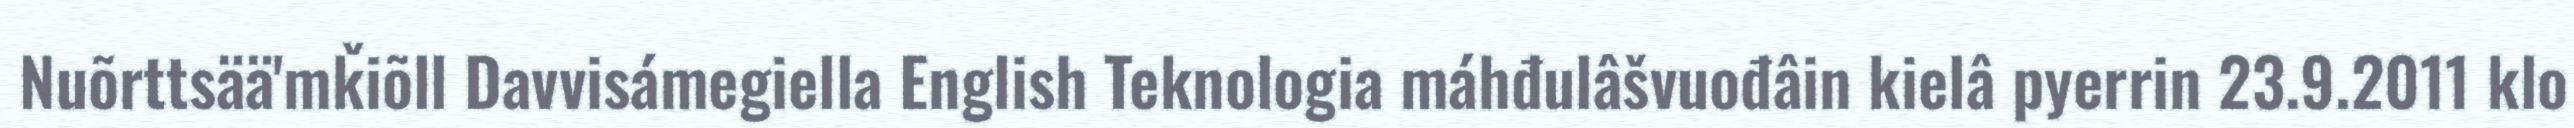
Nuõrttsää'mǩiõll Davvisámegiella English Teknologia máhđulâšvuođâin kielâ pyerrin 23.9.2011 klo